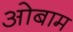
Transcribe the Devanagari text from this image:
ओबाम